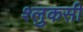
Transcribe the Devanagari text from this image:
श्लुकसी